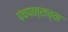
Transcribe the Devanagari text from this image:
पंचपात्राच्या